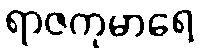
ရာဇကုမာရေ